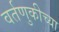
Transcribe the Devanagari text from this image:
वर्तणुकीच्या